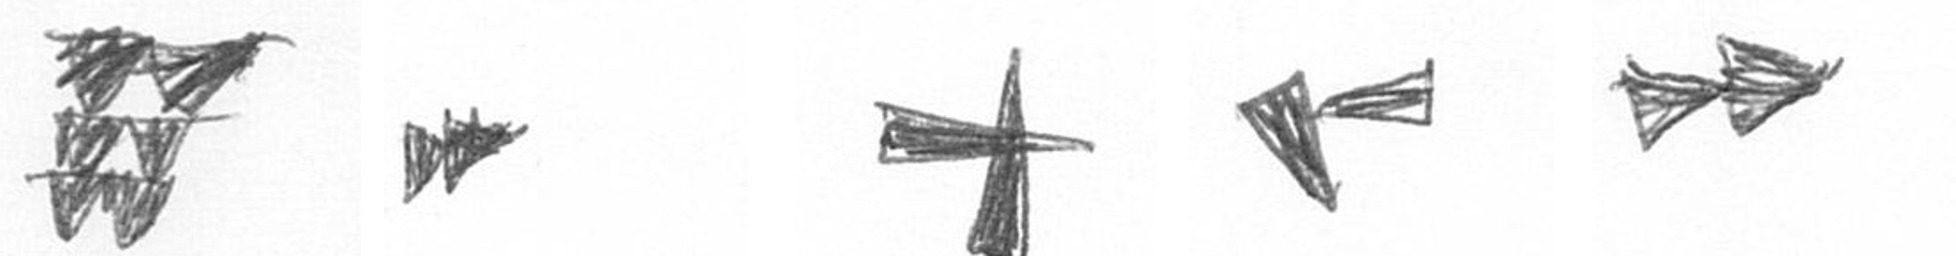
Y A G F A